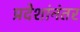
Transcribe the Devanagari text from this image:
प्रदेशांनंतर